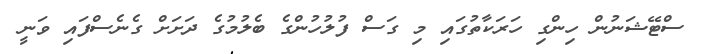
ސްޓޭޝަނުން ހިންގި ހަރަކާތުގައި މި ގަސް ފުލުހުންގެ ބެލުމުގެ ދަށަށް ގެނެސްފައި ވަނީ